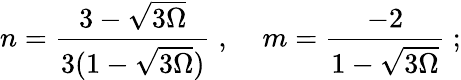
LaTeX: n=\frac{3-\sqrt{3\Omega}}{3(1-\sqrt{3\Omega})}\; ,\; \; \; \; m=\frac{-2}{1-\sqrt{3\Omega}}\; ;